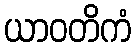
ယာဝတိကံ